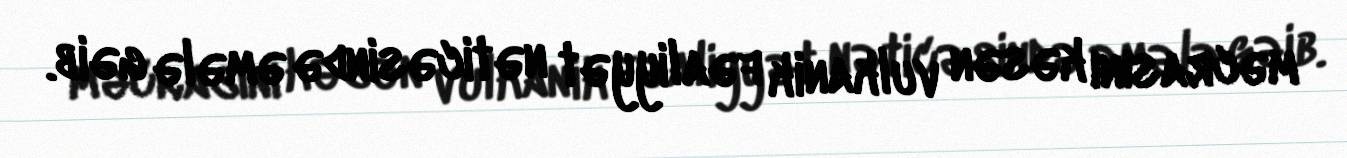
məcrasını kəsən vulkanik fəaliyyət nəticəsində əmələ gəib.